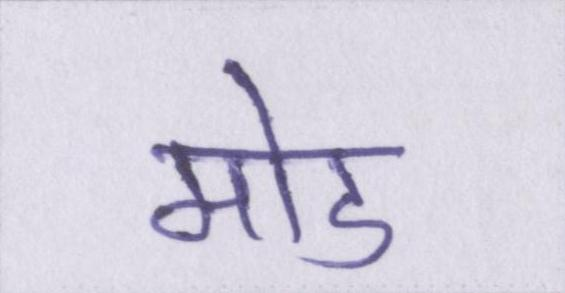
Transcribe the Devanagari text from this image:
मोड